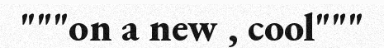
"""on a new , cool"""